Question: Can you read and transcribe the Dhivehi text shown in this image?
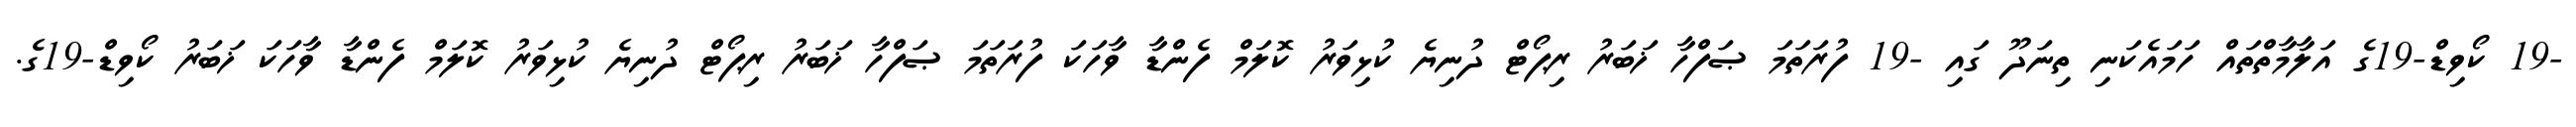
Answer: -19 ކޯވިޑް-19ގެ އަލާމާތްތައް ހަމައެކަނި ތިނަދޫ ގައި -19 ފުރަތަމަ ޞަފްހާ ޚަބަރު ރިޕޯޓް ދުނިޔެ ކުޅިވަރު ކޮލަމް ފެންޑާ ވާހަކަ ފުރަތަމަ ޞަފްހާ ޚަބަރު ރިޕޯޓް ދުނިޔެ ކުޅިވަރު ކޮލަމް ފެންޑާ ވާހަކަ ޚަބަރު ކޯވިޑް-19ގެ.